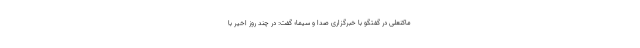
ماکنعلی در گفتگو با خبرگزاری صدا و سیما؛ گفت: در چند روز اخیر با